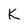
Character: K